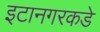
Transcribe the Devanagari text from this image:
इटानगरकडे